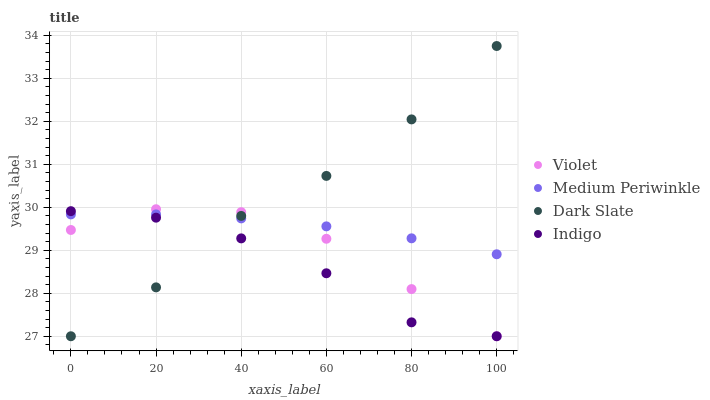
| xaxis_label | Violet | Medium Periwinkle | Dark Slate | Indigo |
 | --- | --- | --- | --- | --- |
 | 0 | 29.5 | 29.8 | 27 | 29.9 |
 | 20 | 30 | 29.8 | 28.1 | 29.8 |
 | 40 | 29.9 | 29.7 | 29.8 | 29.3 |
 | 60 | 29.3 | 29.6 | 30.7 | 28.5 |
 | 80 | 28.1 | 29.3 | 32 | 27.3 |
 | 100 | 27 | 28.9 | 33.8 | 27 |